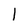
Character: l